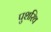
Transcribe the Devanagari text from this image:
पुशरिथ